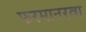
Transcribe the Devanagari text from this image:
फरमानरवा